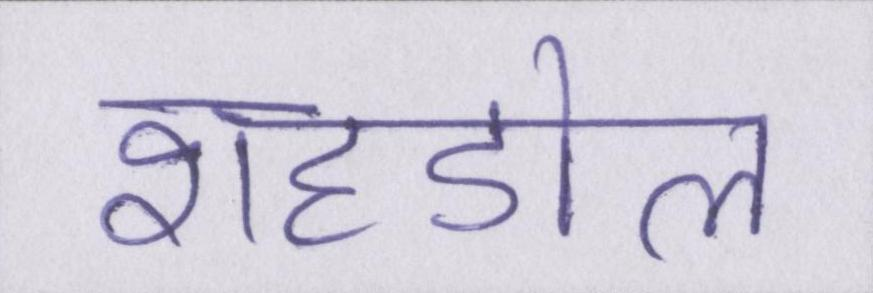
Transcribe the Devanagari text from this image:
शहडोल